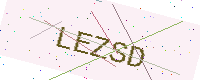
Text: LEZSD